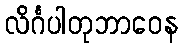
လိင်္ဂပါတုဘာဝေန